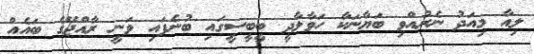
ލިއާ މިއަދު ނެރުއްވި ބަޔާނަކާ ހަވާލާދީ ބީބީސީގައި ބުނެފައި ވަނީ ރާއްޖޭގެ ބައެއް